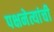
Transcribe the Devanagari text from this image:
पक्षनेत्यांची